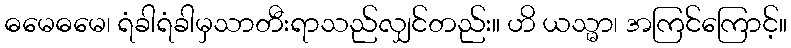
ဓမေဓမေ၊ ရံခါရံခါမှသာတီးရာသည်လျှင်တည်း။ ဟိ ယသ္မာ၊ အကြင်ကြောင့်။